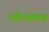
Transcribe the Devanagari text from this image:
संदेशप्रेषण